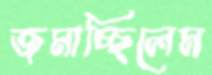
জমাচ্ছিলেম